Report on sanitation, dispensaries, and jails in Rajputana for 1916, and on vaccination for the year 1916-1917 - 1916-1917
Year: 1916
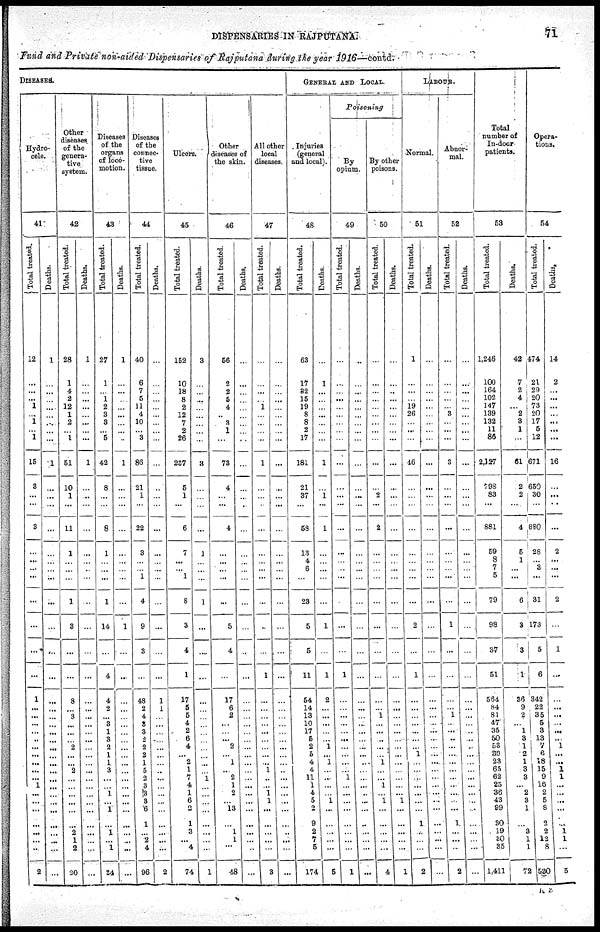
DISPENSARIES IN RAJPUTANA.
71
Fund and Private non-aided Dispensaries of Rajputana during the year 1916—contd.
DISEASES.
Hydro-
cele.
41
Total treated.
12
...
...
...
1
...
1
... 1
15
3
...
...
3
...
...
...
...
...
...
...
...
1
...
...
...
...
...
...
...
...
...
...
1
...
...
...
...
...
...
...
2
Deaths.
1
...
...
...
...
...
...
... ...
1
...
...
...
...
...
...
...
...
...
...
...
...
...
...
...
...
...
...
...
...
...
...
...
...
...
...
...
...
...
...
...
...
Other
diseases
of the
genera-
tive
system.
42
Total treated.
28
1
4
2
12
1
2
... 1
51
10
1
...
11
1
...
...
...
1
3
...
...
8
...
3
...
...
...
2
...
...
2
...
...
...
...
...
...
2
1
2
20
Deaths.
1
...
...
...
...
...
...
... ...
1
...
...
...
...
...
...
...
...
...
...
...
...
...
...
...
...
...
...
...
...
...
...
...
...
...
...
...
...
...
...
...
...
Diseases
of the
organs
of loco-
motion.
43
Total treated.
27
1
...
1
2
3
3
... 5
42
8
...
...
8
1
...
...
...
1
14
...
4
4
2
...
3
1
3
...
1
1
3
...
...
1
...
1
...
1
...
1
24
Deaths.
1
...
...
...
...
...
...
...
...
1
...
...
...
...
...
...
...
...
...
1
...
...
...
...
...
...
...
...
...
...
...
...
...
...
...
...
...
...
...
...
1
...
Diseases
of the
connec-
tive
tissue.
44
Total treated.
40
6
7
5
11
4
10
... 3
85
21
1
...
22
3
...
...
1
4
9
3
...
48
2
4
3
3
2
2
2 1
5
2
3
3
3
6
1
...
2
4
96
Deaths.
...
...
...
...
...
...
...
...
...
...
...
...
...
...
...
...
...
...
...
...
...
...
1
1
...
...
...
...
...
...
...
...
...
...
...
...
...
...
...
...
...
2
Ulcers.
45
Total treated.
152
10
18
8
2
12
7
2
26
237
5
1
...
6
7
...
...
1
8
3
4
1
17
5
5
4
2
6
4
...
2
1
7
4
1
6
2
1
3
...
4
74
Deaths.
3
...
...
...
...
...
...
...
...
3
...
...
...
...
1
...
...
...
1
...
...
...
...
...
...
...
...
...
...
...
...
...
1
...
...
...
...
...
...
...
...
1
Other
diseases of
the skin.
46
Total treated.
56
2
2
5
4
...
3 1
...
73
4
...
...
4
...
...
...
...
...
5
4
...
17
6
2
...
...
...
2
...
1
...
2
1
2
...
13
...
1
1
...
48
Deaths.
...
...
...
...
...
...
...
...
...
...
...
...
...
...
...
...
...
...
...
...
...
...
...
...
...
...
...
...
...
...
...
...
...
...
...
...
...
...
...
...
...
...
All other
local
diseases.
47
Total treated.
...
...
...
...
1
...
...
...
...
1
...
...
...
...
...
...
...
...
...
...
...
1
...
...
...
...
...
...
...
...
...
1
...
...
1 1
...
...
...
...
...
3
Deaths.
...
...
...
...
...
...
...
...
...
...
...
...
...
...
...
...
...
...
...
...
...
...
...
...
...
...
...
...
...
...
...
...
...
...
...
...
...
1
...
...
...
...
GENERAL AND LOCAL.
Poisoning
Injuries
(general
ana local).
48
Total treated.
63
17
32
15
19
8
8
2
17
181
21
37
...
58
13
4
6
...
23
5
5
11
54
14
13
10
17
5
2
5
4
4 11
1
4
5
2
9
2
7
5
174
Deaths.
...
1
...
...
...
...
..
...
...
1
...
1
...
1
...
...
...
...
...
1
...
1
2
...
...
...
...
...
1
...
1
...
...
...
...
1
...
...
...
...
...
5
By
opium.
49
Total treated.
...
...
...
...
...
...
...
...
...
...
...
...
...
...
...
...
...
...
...
...
...
1
...
...
...
...
...
...
...
...
...
...
1
...
... ...
...
...
...
...
...
1
Deaths.
..
...
...
...
...
...
...
...
...
...
...
...
...
...
...
...
...
...
...
...
...
...
...
...
...
...
...
...
...
...
...
...
...
...
...
...
...
...
...
...
...
...
By other
poisons.
50
Total treated.
...
...
...
...
...
...
...
...
...
...
...
2
...
2
...
...
...
...
...
...
...
...
...
...
1
...
...
...
...
...
1
...
...
1
...
1
...
...
...
...
...
4
Deaths.
...
...
...
...
...
...
...
...
...
...
...
...
...
...
...
...
...
...
...
...
...
...
...
...
...
...
...
...
...
...
...
...
...
...
...
1
...
...
...
...
...
1
LABOUR.
Normal.
51
Total treated.
1
...
...
...
19
26
...
...
...
46
...
...
...
...
...
...
...
...
...
2
...
1
...
...
...
...
...
...
...
1
...
...
...
...
...
...
...
1
...
...
...
2
Deaths.
...
...
...
...
...
...
...
...
...
...
...
...
...
...
...
...
...
...
...
...
...
...
...
...
...
...
...
...
...
...
...
...
...
...
...
...
...
...
...
...
...
...
Abnor-
mal.
52
Total treated.
...
...
...
...
...
3
...
... ...
3
...
...
...
...
...
...
...
...
...
1
...
...
...
...
1
...
...
...
...
...
...
...
...
...
...
...
...
1
...
...
...
2
Deaths.
...
...
...
...
...
...
...
...
...
...
...
...
...
...
...
...
...
...
...
...
...
...
...
...
...
...
...
...
...
...
...
...
...
...
...
...
...
...
...
...
...
...
Total
number of
In-door
patients.
53
Total treated.
1,246
100
164
102
147
139
132
11
86
2,127
798
83
...
881
59
8
7
5
79
98
37
51
564
84
81 47
35
50
53
30
23
63
62
25
36
43
99
30
19
30
35
1,411
Deaths.
42
7
2
4
...
2
3
1
...
61
2
2
...
4
5
1
...
...
6
3
3
1
36
9
2
...
1
3
1
2
1
3
3
...
2
3 1
...
3
1
1
72
Opera-
tions.
54
Total treated.
474
21
29
20
73
20
17
5
12
671
650
30
...
880
28
...
3
...
31
173
5
6
342
22
35
5 3
13
7
6
18
15
9
16
2
5
8
2
2
12
8
530
Deaths.
14
2
...
...
...
...
...
... ...
16
...
...
...
...
2
...
...
...
2
...
1
...
...
...
...
...
...
...
1
...
...
1
1
...
...
...
...
...
1
1
...
5
K 7